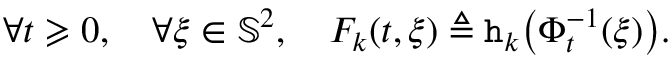
\forall t \geqslant 0 , \quad \forall \xi \in \mathbb { S } ^ { 2 } , \quad F _ { k } ( t , \xi ) \triangleq \mathtt { h } _ { k } \big ( \Phi _ { t } ^ { - 1 } ( \xi ) \big ) .